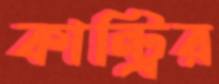
কান্ট্রির